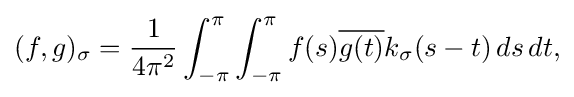
\displaystyle {(f,g)_{\sigma }={1 \over 4\pi ^{2}}\int _{-\pi }^{\pi }\int _{-\pi }^{\pi }f(s){\overline {g(t)}}k_{\sigma }(s-t)\,ds\,dt,}